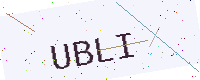
Text: UBLI